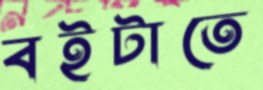
বইটাতে